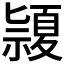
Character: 𥜂